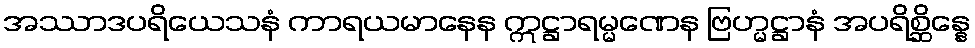
အဿာဒပရိယေသနံ ကာရယမာနေန ဣဋ္ဌာရမ္မဏေန ဗြဟ္မဋ္ဌာနံ အပရိစ္ဆိန္နေ